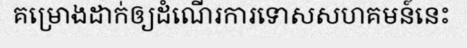
គម្រោងដាក់ឲ្យដំណើរការទោសសហគមន៍នេះ